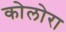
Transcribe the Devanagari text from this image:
कोलोरा